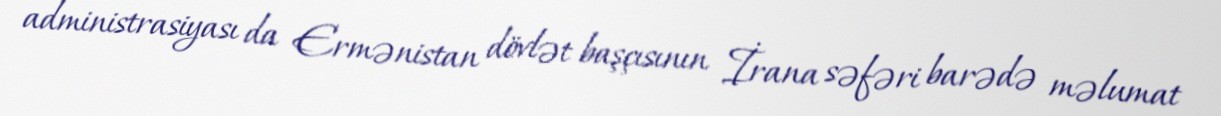
administrasiyası da Ermənistan dövlət başçısının İrana səfəri barədə məlumat